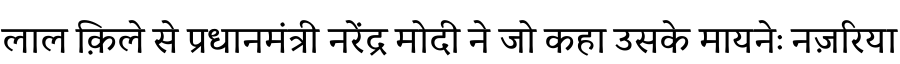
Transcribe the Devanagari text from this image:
लाल क़िले से प्रधानमंत्री नरेंद्र मोदी ने जो कहा उसके मायनेः नज़रिया